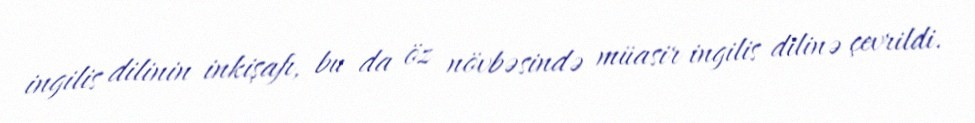
ingilis dilinin inkişafı, bu da öz növbəsində müasir ingilis dilinə çevrildi.